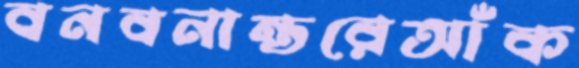
বনবনান্তরেআঁক